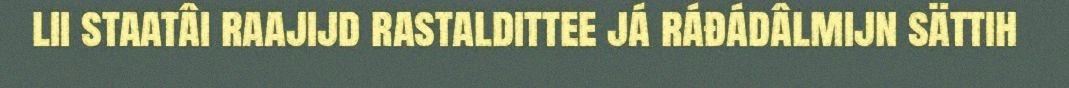
lii staatâi raajijd rastaldittee já ráđádâlmijn sättih